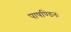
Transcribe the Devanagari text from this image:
पाषण्डिनः